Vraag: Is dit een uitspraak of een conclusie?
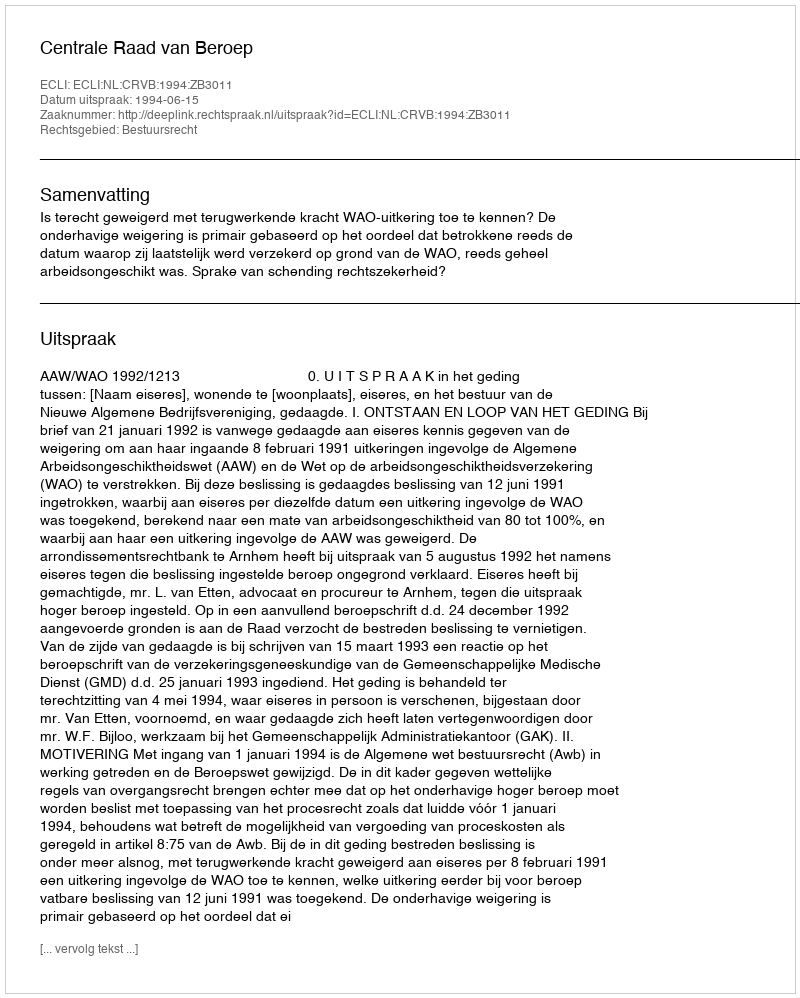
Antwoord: Uitspraak